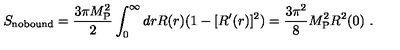
S _ { \mathrm { n o b o u n d } } = { \frac { 3 \pi M _ { \mathrm { P } } ^ { 2 } } { 2 } } \int _ { 0 } ^ { \infty } d r R ( r ) ( 1 - [ R ^ { \prime } ( r ) ] ^ { 2 } ) = { \frac { 3 \pi ^ { 2 } } { 8 } } M _ { \mathrm { P } } ^ { 2 } R ^ { 2 } ( 0 ) \ .